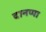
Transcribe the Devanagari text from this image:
दानप्पा